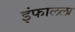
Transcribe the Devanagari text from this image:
इंफालला